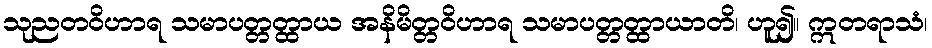
သုညတဝိဟာရ သမာပတ္တတ္ထာယ အနိမိတ္တဝိဟာရ သမာပတ္တတ္ထာယာတိ၊ ဟူ၍။ ဣတရာသံ၊